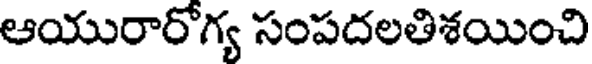
ఆయురారోగ్య సంపదలతిశయించి